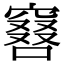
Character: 𠿡